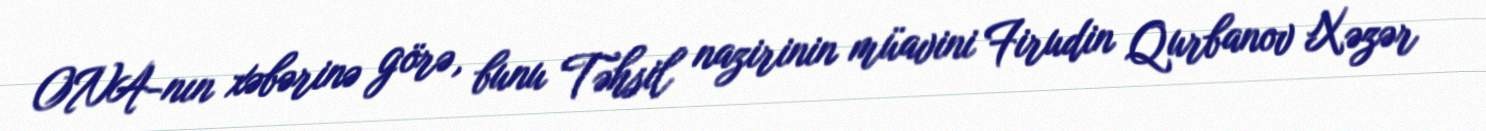
ONA-nın xəbərinə görə, bunu Təhsil nazirinin müavini Firudin Qurbanov Xəzər